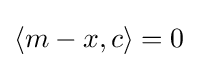
\langle m-x,c\rangle =0